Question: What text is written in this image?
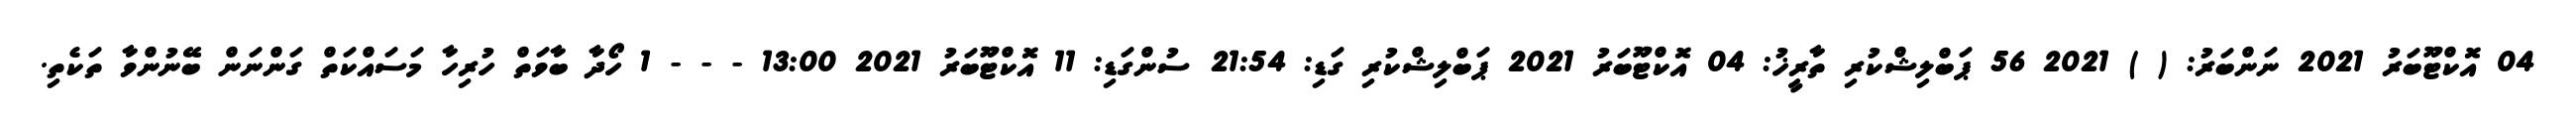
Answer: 04 އޮކްޓޫބަރު 2021 ނަންބަރު: ( ) 2021 56 ޕަބްލިޝްކުރި ތާރީޚު: 04 އޮކްޓޫބަރު 2021 ޕަބްލިޝްކުރި ގަޑި: 21:54 ސުންގަޑި: 11 އޮކްޓޫބަރު 2021 13:00 - - - 1 ހޯދާ ބާވަތް ހުރިހާ މަސައްކަތް ގަންނަން ބޭނުންވާ ތަކެތި.